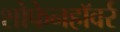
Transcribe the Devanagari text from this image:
शोफेनहॉवर्र